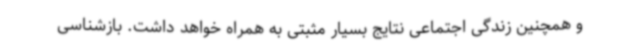
و همچنین زندگی اجتماعی نتایج بسیار مثبتی به همراه خواهد داشت. بازشناسی